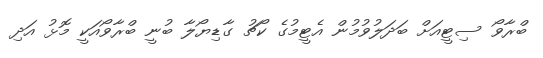
ބްރާވޯ ސިޓީއަށް ބަދަލުވުމުން އެޓީމުގެ ކޯޗު ގާޑިޔޯލާ ބުނީ ބްރާވޯއަކީ މޮޅު އަދި